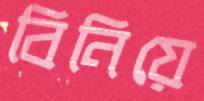
বিনিয়ে